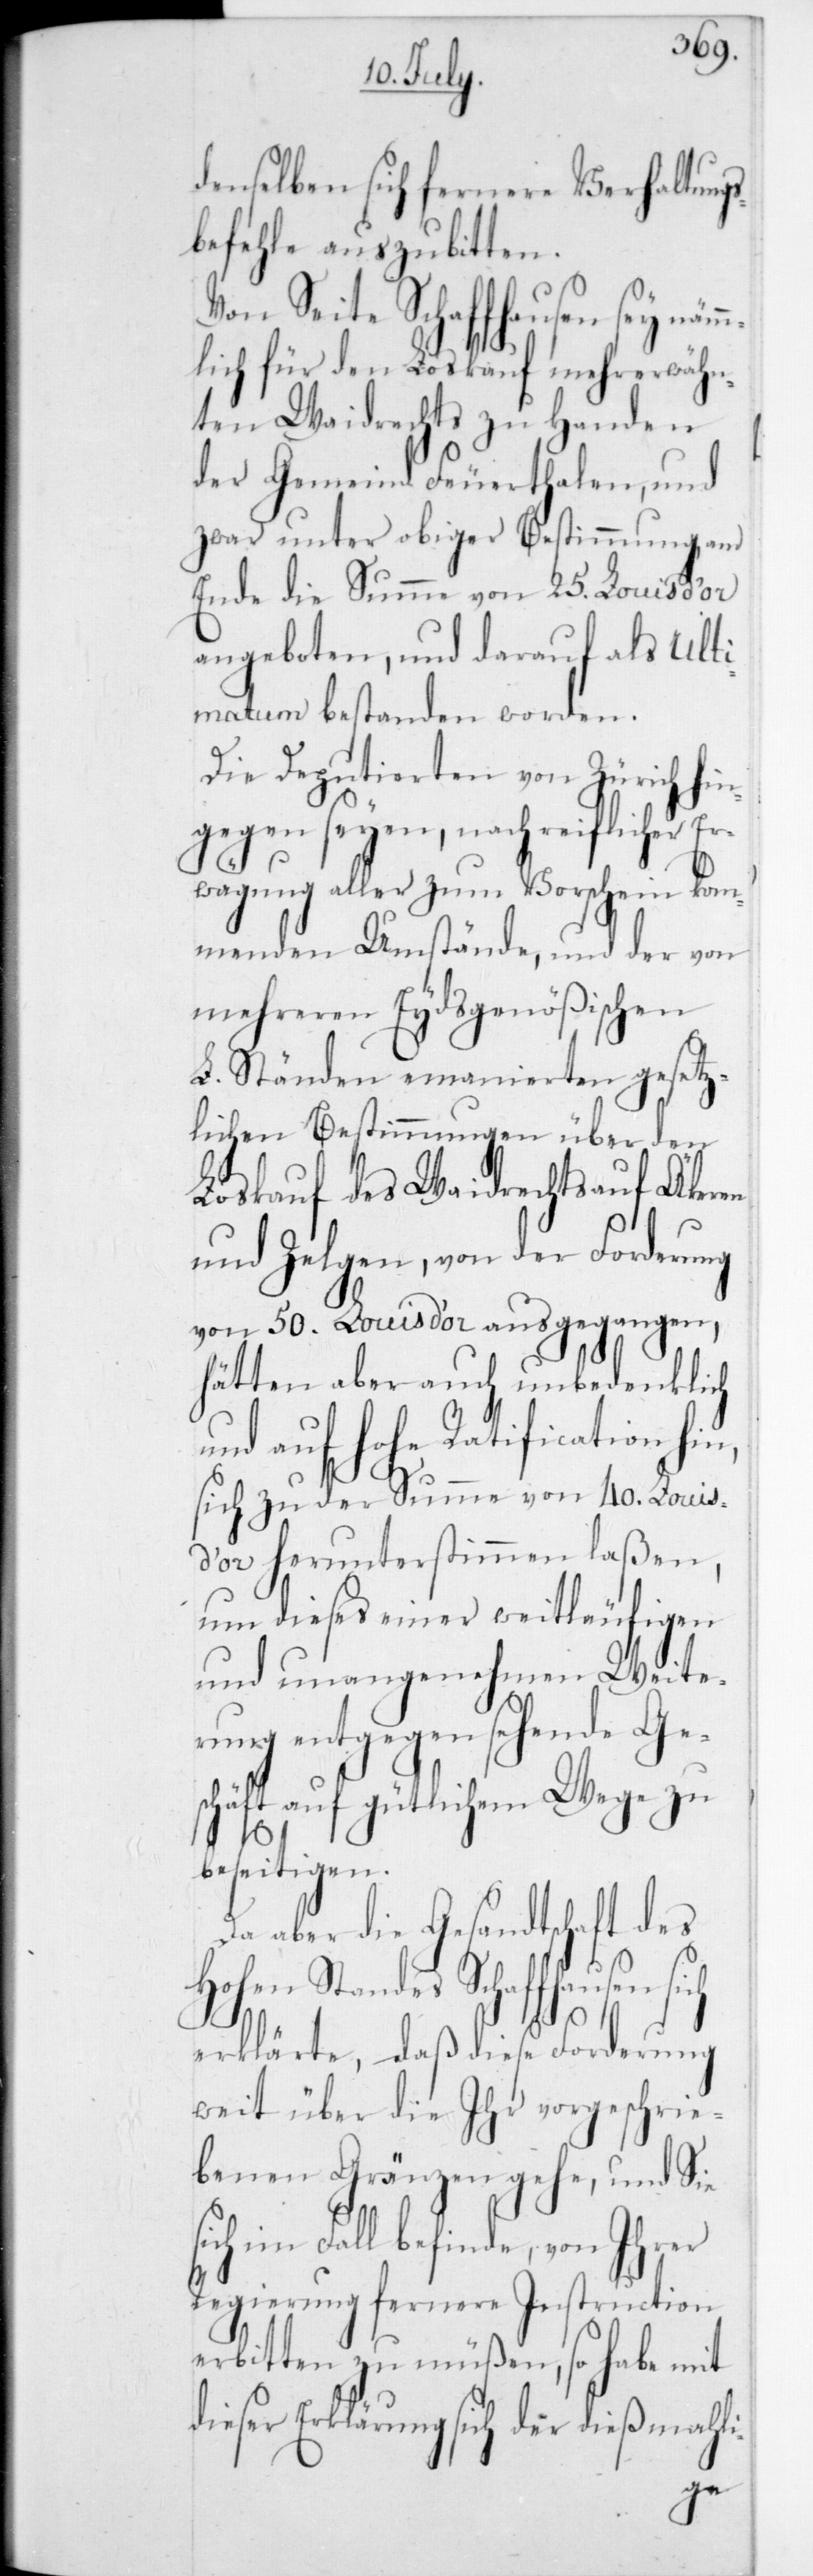
denselben sich fernere Verhaltungs¬
befehle auszubitten.
Von Seite Schaffhausen sey nämm¬
lich für den Loskauf mehrerwähn¬
ten Waidrechts zu Handen
der Gemeind Feuerthalen, und
zwar unter obiger Bestimmung, am
Ende die Summe von 25 Louis d’or
angeboten, und darauf als Ulti¬
matum bestanden worden.
Die Deputierten von Zürich hin¬
gegen seyen, nach reiflicher Er¬
wägung aller zum Vorschein kom¬
menden Umstände, und der von
mehreren Eydsgenößischen
L. Ständen emanierten gesetz¬
lichen Bestimmungen über den
Loskauf des Waidrechts auf Äkeren
und Zelgen, von der Forderung
von 50 Louis d’or ausgegangen,
hätten aber auch unbedenklich
und auf Hohe Ratification hin,
sich zu der Summe von 40 Louis
d’or herunterstimmen laßen,
um dieses einer weitläufigen
und unangenehmen Weite¬
rung entgegen sehende Ge¬
schäft auf gütlichem Wege zu
beseitigen.
Da aber die Gesandtschaft des
Hohen Standes Schaffhausen sich
s¬
erklärte, daß diese Forderung
weit über die Ihr vorgeschrie¬
benen Gränzen gehe, und sie
ich im Fall befinde, von Ihrer
Regierung fernere Instruction
erbitten zu müßen, so habe mit
dieser Erklärung sich der dießmahli-